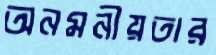
অনমনীয়তার